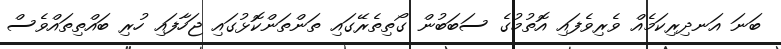
ބަނަ އަނދިރިކަމެއް ވެރިވެފައި އޮތުމުގެ ސަބަބުން ގޯތިތެރޭގައި ތަންތަންކޮޅުގައި ޖަހާފައި ހުރި ބައްތިތައްވެސް